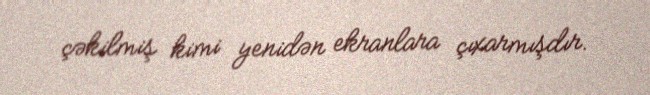
çəkilmiş kimi yenidən ekranlara çıxarmışdır.